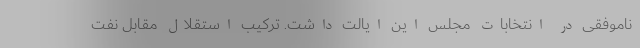
ناموفقی در انتخابات مجلس این ایالت داشت. ترکیب استقلال مقابل نفت